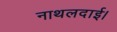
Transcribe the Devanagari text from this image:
नाथलदाई।